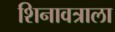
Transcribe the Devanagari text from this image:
शिनावत्राला